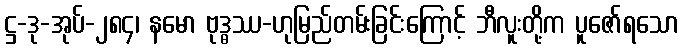
ဋ္ဌ-ဒု-အုပ်-၂၈၄၊ နမော ဗုဒ္ဓဿ-ဟုမြည်တမ်းခြင်းကြောင့် ဘီလူးတို့က ပူဇော်ရသော